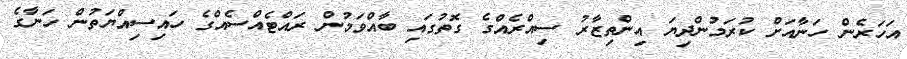
އަހަރެން ހަނާއަށް ކުރަމުންދިޔަ އިންތިޒާރު ސިއްރެއްގެ ގޮތުގައި ބާއްވަމުން ރައްޓެއްސެއްގެ ހައިސިއްޔަތުން ހަނާގެ